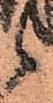
候